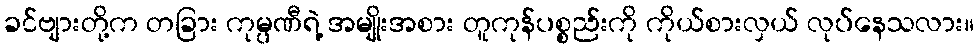
ခင်ဗျားတို့က တခြား ကုမ္ပဏီရဲ့ အမျိုးအစား တူကုန်ပစ္စည်းကို ကိုယ်စားလှယ် လုပ်နေသလား။